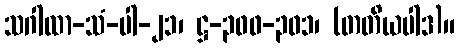
သဂါထာ-သံ-ပါ-၂၁၊ ဋ္ဌ-၃၀၀-၃၀၁၊ (တတိယပါဒ)။